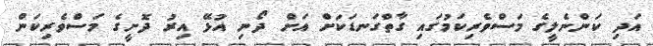
އަދި ކަންނެލީގެ މަސްވެރިކަމުގައި ގާތްގަނޑަކަށް އަށް ދޯނި އުޅޭ އިރު ދޮށީގެ މަސްވެރިކަން